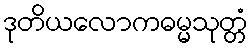
ဒုတိယလောကဓမ္မသုတ္တံ